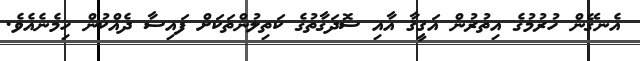
އެނގޭން ހުރުމުގެ އިތުރުން އަޤީޤާ އާއި ސޮދަގާތުގެ ކަތިލުންތަކަށް ފައިސާ ދެއްކުން ހިމެނެއެވެ.